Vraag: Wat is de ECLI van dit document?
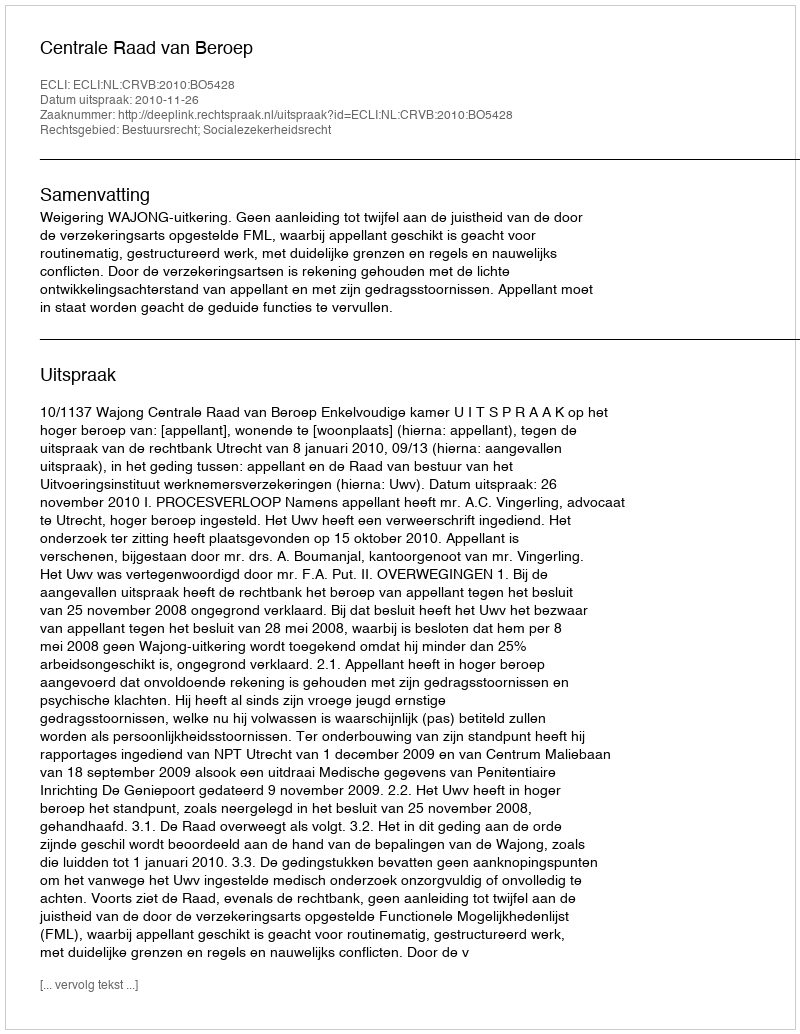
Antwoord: ECLI:NL:CRVB:2010:BO5428